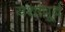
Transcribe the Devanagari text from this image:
यथापू्र्व